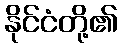
နိုင်ငံတို့၏